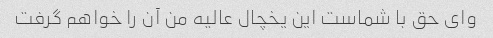
وای حق با شماست این یخچال عالیه من آن را خواهم گرفت